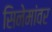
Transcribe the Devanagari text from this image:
सिनेमांवर